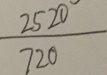
\frac { 2 5 2 0 } { 7 2 0 }